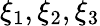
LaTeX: \xi_{1},\xi_{2},\xi_{3}